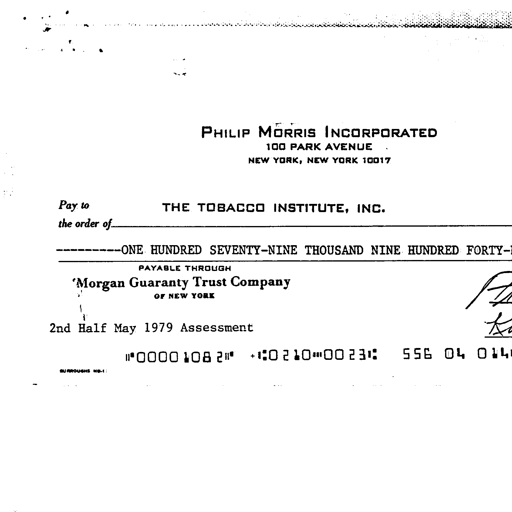
PHILIP MORRIS INCORPORATED
100 PARK AVENUE
NEW YORK, NEW YORK 10017

Pay to the order of THE TOBACCO INSTITUTE, INC.

----------ONE HUNDRED SEVENTY-NINE THOUSAND NINE HUNDRED FORTY-

PAYABLE THROUGH
Morgan Guaranty Trust Company
OF NEW YORK

2nd Half May 1979 Assessment

||* 00001082 ||* :0210-0023: 556 04 014 ... ...